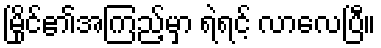
မြိုင်၏အကြည့်မှာ ရဲရင့် လာလေပြီ။